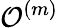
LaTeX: {\cal O}^{(m)}